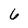
Character: 6